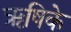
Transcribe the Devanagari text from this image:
ऋषिके